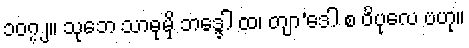
၁၀၇၂။ သုဘေ သာဓုမှိ ဘဒ္ဒေါ ထ၊ တျာ’ဒေါ စ ဝိပုလေ ဗဟု။